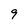
Character: 9